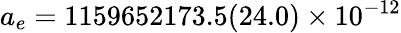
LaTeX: a_{e}=1159652173.5(24.0)\times 10^{-12}